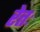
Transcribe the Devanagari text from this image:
रेतः